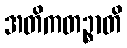
အတိကတဉ္စာတိ